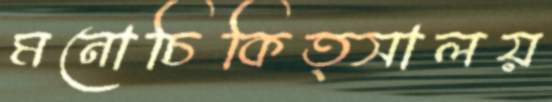
মনোচিকিত্সালয়